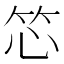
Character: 𬔰